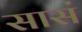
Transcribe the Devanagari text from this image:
सासं